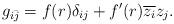
LaTeX: \begin{align*} g_{i\bar{j}}=f(r)\delta_{ij}+f'(r)\overline{z_i}z_j.\end{align*}